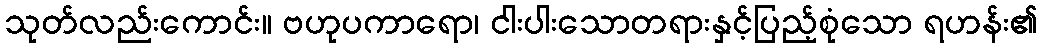
သုတ်လည်းကောင်း။ ဗဟုပကာရော၊ ငါးပါးသောတရားနှင့်ပြည့်စုံသော ရဟန်း၏